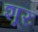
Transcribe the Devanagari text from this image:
शूरः